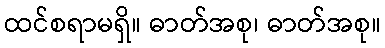
ထင်စရာမရှိ။ ဓာတ်အစု၊ ဓာတ်အစု။